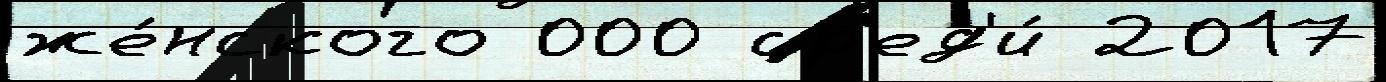
же́нского 000 ср'ед'и́ 2017